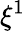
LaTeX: \xi^{1}